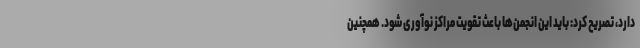
دارد، تصریح کرد: باید این انجمن‌ها باعث تقویت مراکز نوآوری شود. همچنین